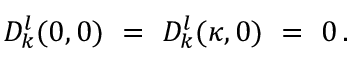
D _ { k } ^ { l } ( 0 , 0 ) \ = \ D _ { k } ^ { l } ( \kappa , 0 ) \ = \ 0 \, .